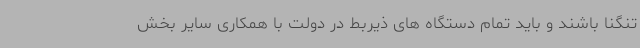
تنگنا باشند و باید تمام دستگاه های ذیربط در دولت با همکاری سایر بخش